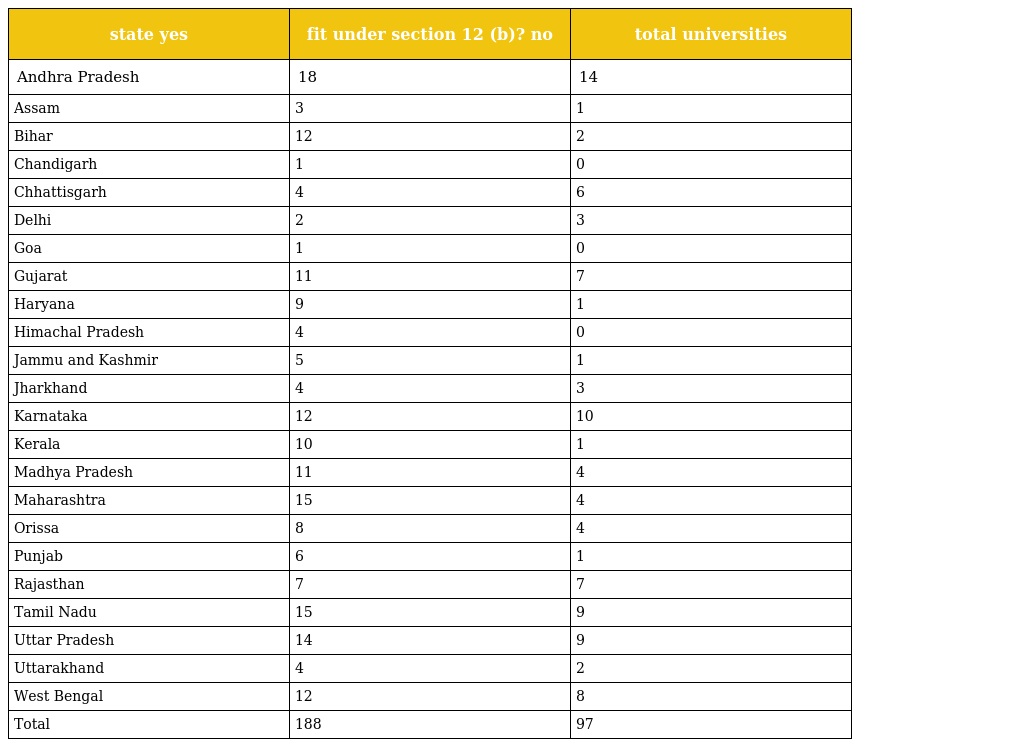
| state yes | fit under section 12 (b)? no | total universities |
 | --- | --- | --- |
 | Andhra Pradesh | 18 | 14 |
 | Assam | 3 | 1 |
 | Bihar | 12 | 2 |
 | Chandigarh | 1 | 0 |
 | Chhattisgarh | 4 | 6 |
 | Delhi | 2 | 3 |
 | Goa | 1 | 0 |
 | Gujarat | 11 | 7 |
 | Haryana | 9 | 1 |
 | Himachal Pradesh | 4 | 0 |
 | Jammu and Kashmir | 5 | 1 |
 | Jharkhand | 4 | 3 |
 | Karnataka | 12 | 10 |
 | Kerala | 10 | 1 |
 | Madhya Pradesh | 11 | 4 |
 | Maharashtra | 15 | 4 |
 | Orissa | 8 | 4 |
 | Punjab | 6 | 1 |
 | Rajasthan | 7 | 7 |
 | Tamil Nadu | 15 | 9 |
 | Uttar Pradesh | 14 | 9 |
 | Uttarakhand | 4 | 2 |
 | West Bengal | 12 | 8 |
 | Total | 188 | 97 |